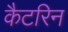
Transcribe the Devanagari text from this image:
कैटरिन